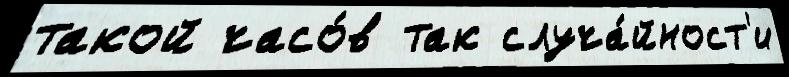
такой часо́в так случа́йност'и